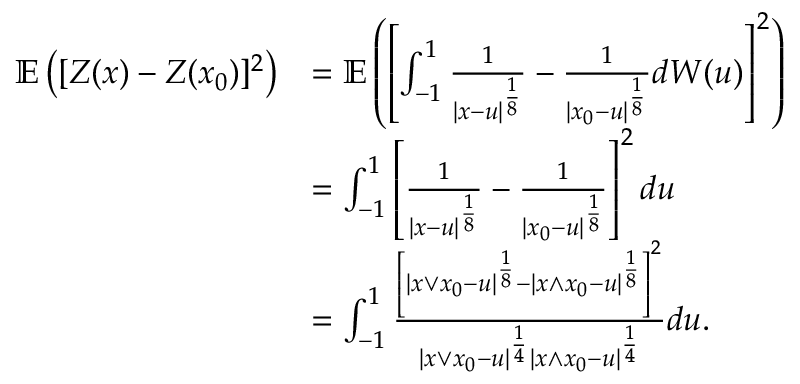
\begin{array} { r l } { \mathbb { E } \left( [ Z ( x ) - Z ( x _ { 0 } ) ] ^ { 2 } \right) } & { = \mathbb { E } \left( \left[ \int _ { - 1 } ^ { 1 } \frac { 1 } { | x - u | ^ { \frac { 1 } { 8 } } } - \frac { 1 } { | x _ { 0 } - u | ^ { \frac { 1 } { 8 } } } d W ( u ) \right] ^ { 2 } \right) } \\ & { = \int _ { - 1 } ^ { 1 } \left[ \frac { 1 } { | x - u | ^ { \frac { 1 } { 8 } } } - \frac { 1 } { | x _ { 0 } - u | ^ { \frac { 1 } { 8 } } } \right] ^ { 2 } d u } \\ & { = \int _ { - 1 } ^ { 1 } \frac { \left[ | x \vee x _ { 0 } - u | ^ { \frac { 1 } { 8 } } - | x \wedge x _ { 0 } - u | ^ { \frac { 1 } { 8 } } \right] ^ { 2 } } { | x \vee x _ { 0 } - u | ^ { \frac { 1 } { 4 } } | x \wedge x _ { 0 } - u | ^ { \frac { 1 } { 4 } } } d u . } \end{array}